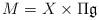
LaTeX: \begin{align*} M = X\times\Pi\mathfrak{g} \end{align*}